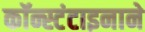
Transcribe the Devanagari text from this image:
कॉन्स्टंटाइनाने